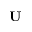
\mathbf { U }